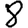
Digit: 8